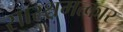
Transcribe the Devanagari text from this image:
सारश्चमत्कार